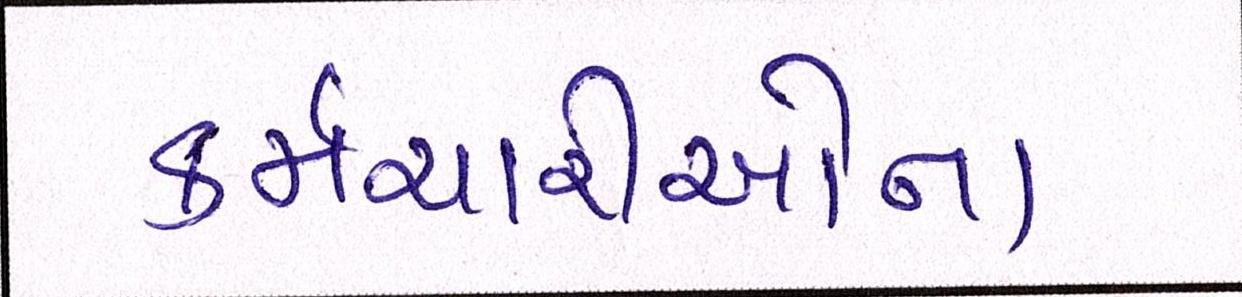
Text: કર્મચારીઓના